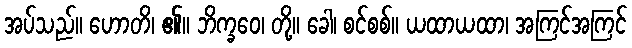
အပ်သည်။ ဟောတိ၊ ၏။ ဘိက္ခဝေ၊ တို့။ ခေါ၊ စင်စစ်။ ယထာယထာ၊ အကြင်အကြင်